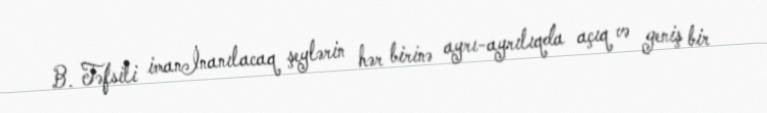
B. Təfsili imanİnanılacaq şeylərin hər birinə ayrı-ayrılıqda açıq və geniş bir